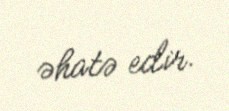
əhatə edir.